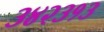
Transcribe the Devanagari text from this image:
३४२३१३